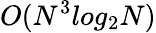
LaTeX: O(N^{3}log_{2}N)